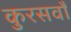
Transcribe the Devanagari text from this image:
कुरसवाँ